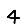
Digit: 4